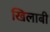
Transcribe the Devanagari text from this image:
खिलाबी